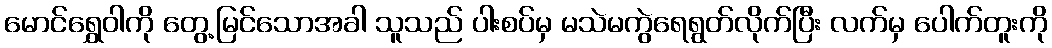
မောင်ရွှေဝါကို တွေ့မြင်သောအခါ သူသည် ပါးစပ်မှ မသဲမကွဲရေရွတ်လိုက်ပြီး လက်မှ ပေါက်တူးကို